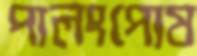
পালংপোষ